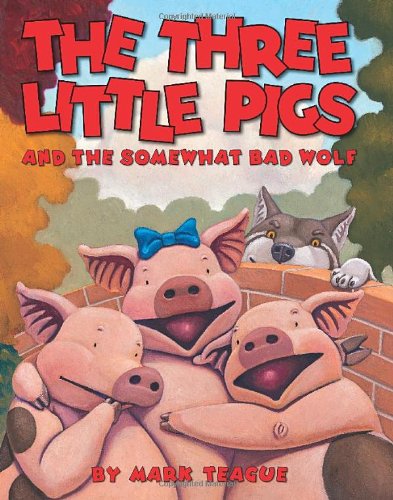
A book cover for The Three Little Pigs and the Somewhat Bad Wolf; Mark Teague; Children's Books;